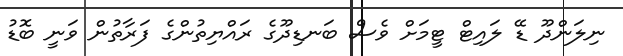
ނިލަންދޫ ޑޭ ލައިޓް ޓީމަށް ވެސް ބަނޑިދޫގެ ރައްޔިތުންގެ ފަރާތުން ވަނީ ބޮޑު